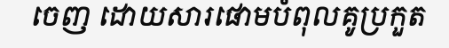
ចេញ ដោយសារផោមបំពុលគូប្រកួត